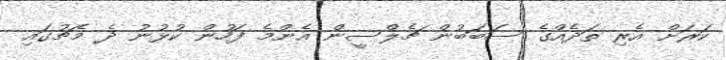
ކަރަށް އެރި ތަދެއްގެ ސަބަބުން ޗެލްސީން އެންމެ ފަހުން ކުޅުނު ދެ މެޗުގައި